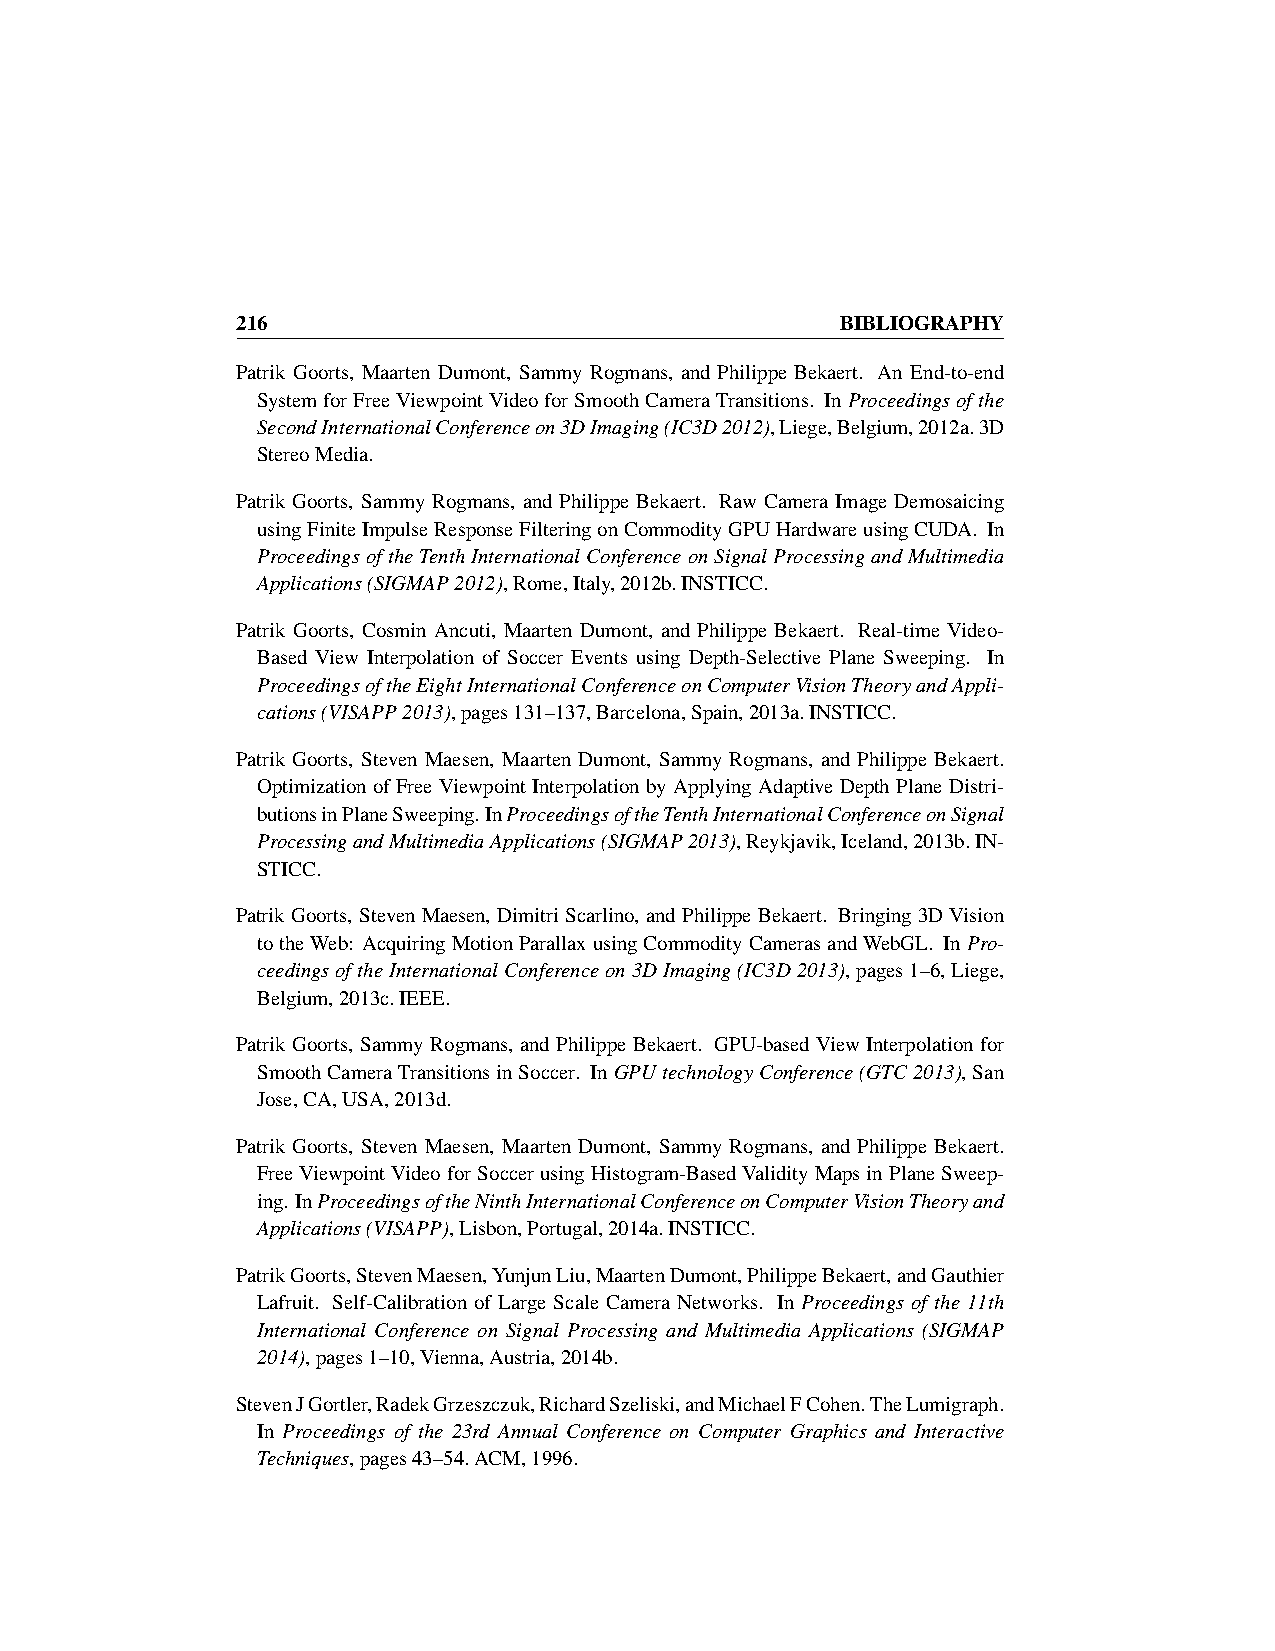
216                                     BIBLIOGRAPHY
 Patrik Goorts, Maarten Dumont, Sammy Rogmans, and Philippe Bekaert. An End-to-end
 SystemforFreeViewpointVideoforSmoothCameraTransitions. InProceedingsofthe
 SecondInternationalConferenceon3DImaging(IC3D2012),Liege,Belgium,2012a.3D
 StereoMedia.
 Patrik Goorts, Sammy Rogmans, and Philippe Bekaert. Raw Camera Image Demosaicing
 usingFiniteImpulseResponseFilteringonCommodityGPUHardwareusingCUDA. In
 ProceedingsoftheTenthInternationalConferenceonSignalProcessingandMultimedia
 Applications(SIGMAP2012),Rome,Italy,2012b.INSTICC.
 Patrik Goorts, Cosmin Ancuti, Maarten Dumont, and Philippe Bekaert. Real-time Video-
 Based View Interpolation of Soccer Events using Depth-Selective Plane Sweeping. In
 ProceedingsoftheEightInternationalConferenceonComputerVisionTheoryandAppli-
 cations(VISAPP2013),pages131–137,Barcelona,Spain,2013a.INSTICC.
 Patrik Goorts, Steven Maesen, Maarten Dumont, Sammy Rogmans, and Philippe Bekaert.
 Optimization of Free Viewpoint Interpolation by Applying Adaptive Depth Plane Distri-
 butionsinPlaneSweeping.InProceedingsoftheTenthInternationalConferenceonSignal
 ProcessingandMultimediaApplications(SIGMAP2013),Reykjavik,Iceland,2013b.IN-
 STICC.
 PatrikGoorts, StevenMaesen, DimitriScarlino, andPhilippeBekaert. Bringing3DVision
 totheWeb: AcquiringMotionParallaxusingCommodityCamerasandWebGL. InPro-
 ceedingsoftheInternationalConferenceon3DImaging(IC3D2013),pages1–6,Liege,
 Belgium,2013c.IEEE.
 Patrik Goorts, Sammy Rogmans, and Philippe Bekaert. GPU-based View Interpolation for
 SmoothCameraTransitionsinSoccer. InGPUtechnologyConference(GTC2013),San
 Jose,CA,USA,2013d.
 Patrik Goorts, Steven Maesen, Maarten Dumont, Sammy Rogmans, and Philippe Bekaert.
 FreeViewpointVideoforSoccerusingHistogram-BasedValidityMapsinPlaneSweep-
 ing. InProceedingsoftheNinthInternationalConferenceonComputerVisionTheoryand
 Applications(VISAPP),Lisbon,Portugal,2014a.INSTICC.
 PatrikGoorts,StevenMaesen,YunjunLiu,MaartenDumont,PhilippeBekaert,andGauthier
 Lafruit. Self-Calibration of Large Scale Camera Networks. In Proceedings of the 11th
 International Conference on Signal Processing and Multimedia Applications (SIGMAP
 2014),pages1–10,Vienna,Austria,2014b.
 StevenJGortler,RadekGrzeszczuk,RichardSzeliski,andMichaelFCohen.TheLumigraph.
 In Proceedings of the 23rd Annual Conference on Computer Graphics and Interactive
 Techniques,pages43–54.ACM,1996.